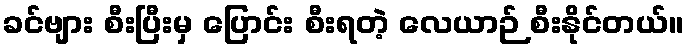
ခင်ဗျား စီးပြီးမှ ပြောင်း စီးရတဲ့ လေယာဉ် စီးနိုင်တယ်။